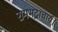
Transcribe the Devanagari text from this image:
रामभद्राचार्य।